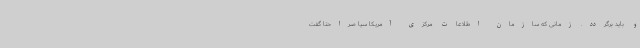
و باید برگردد. زمانی که سازمان اطلاعات مرکزی آمریکا سیا صراحتا گفت